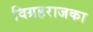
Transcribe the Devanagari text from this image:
विग्रहराजका